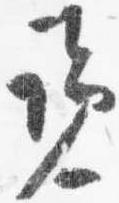
覧